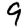
Digit: 9